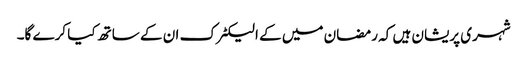
شہری پریشان ہیں کہ رمضان میں کے الیکٹرک ان کے ساتھ کیا کرے گا۔